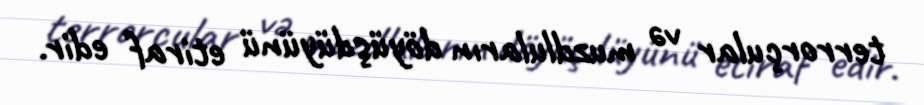
terrorçular və muzdluların döyüşdüyünü etiraf edir.